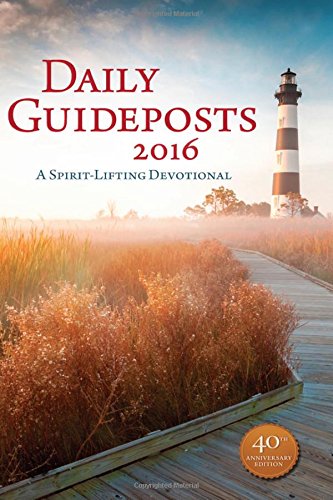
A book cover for Daily Guideposts 2016: A Spirit-Lifting Devotional; Guideposts; Christian Books & Bibles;